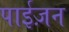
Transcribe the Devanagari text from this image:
पाईज़न